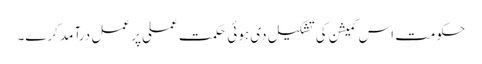
حکومت اس کمیشن کی تشکیل دی ہوئی حکمت عملی پر عمل درآمد کرے۔